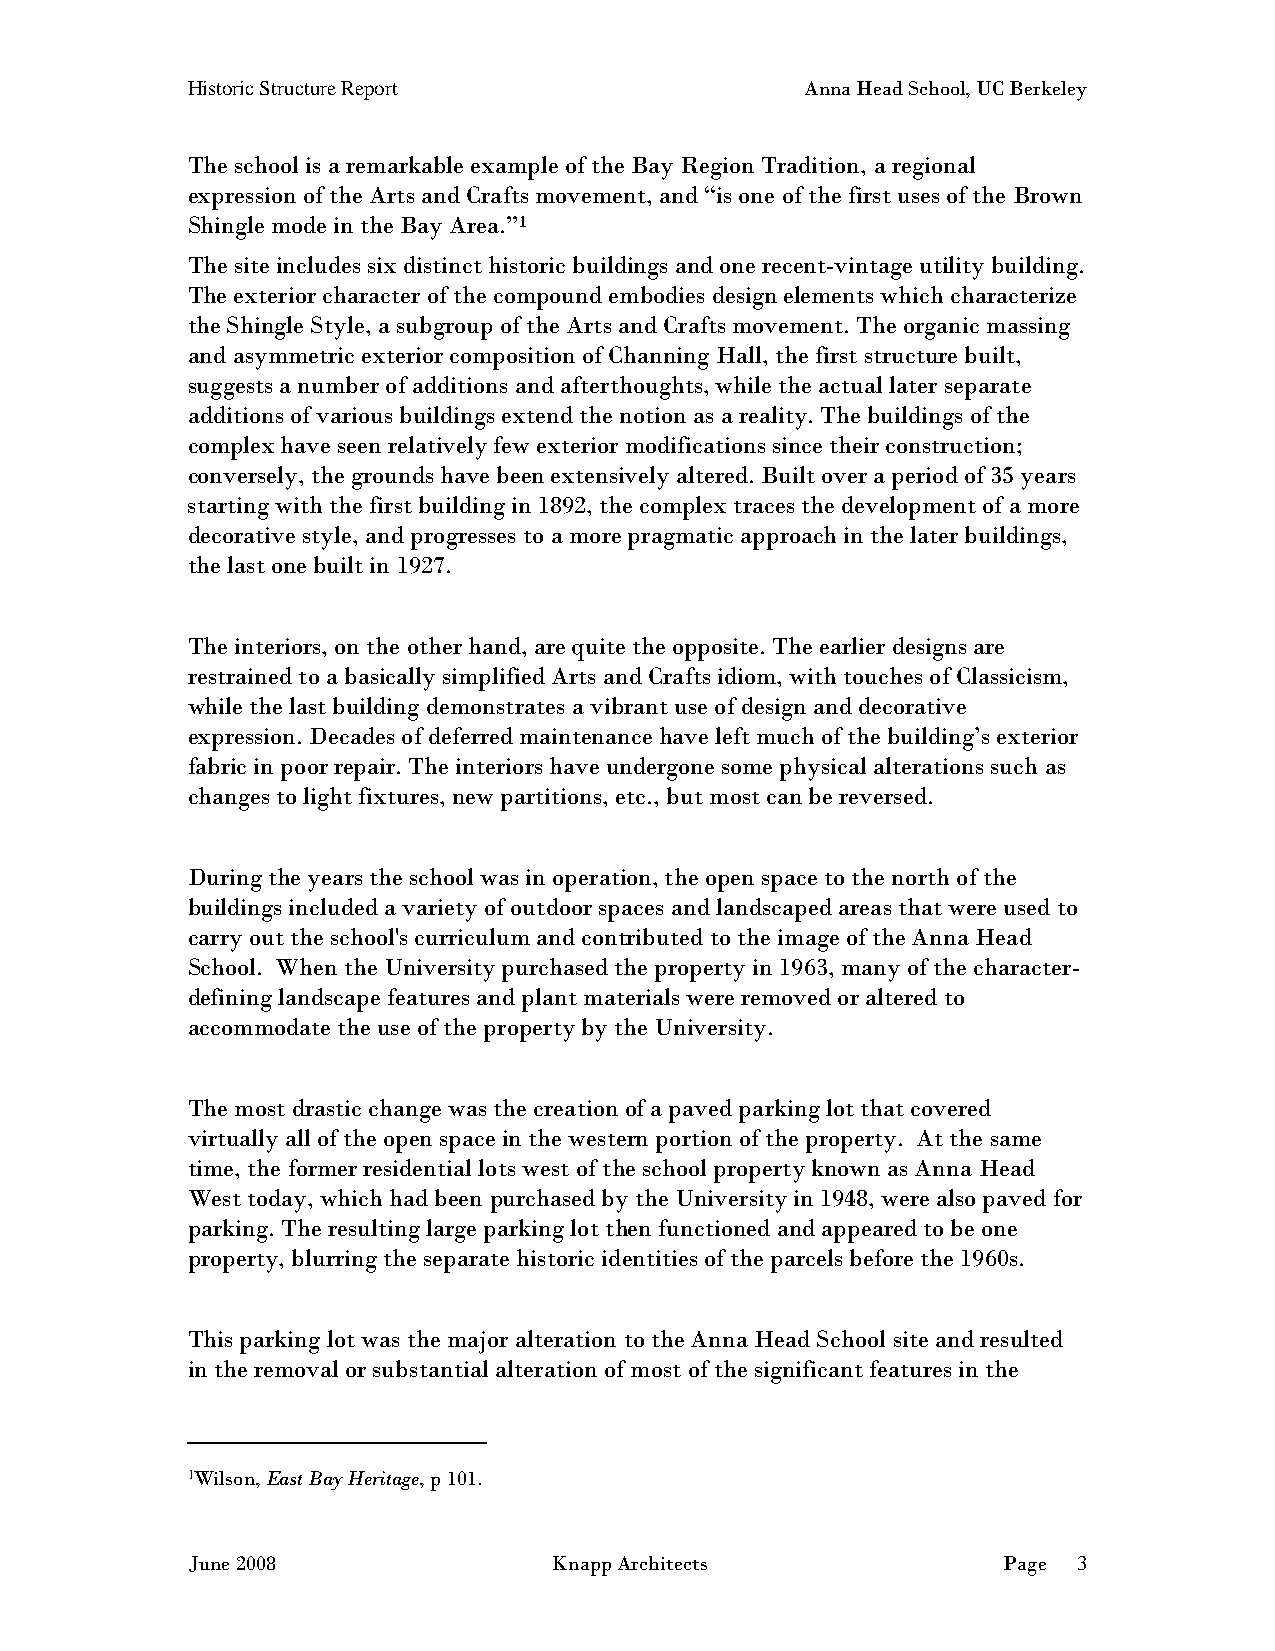
Historic Structure Report                Anna Head School, UC Berkeley
 The school is a remarkable example of the Bay Region Tradition, a regional
 expression of the Arts and Crafts movement, and “is one of the first uses of the Brown
 Shingle mode in the Bay Area.”1
 The site includes six distinct historic buildings and one recent-vintage utility building.
 The exterior character of the compound embodies design elements which characterize
 the Shingle Style, a subgroup of the Arts and Crafts movement. The organic massing
 and asymmetric exterior composition of Channing Hall, the first structure built,
 suggests a number of additions and afterthoughts, while the actual later separate
 additions of various buildings extend the notion as a reality. The buildings of the
 complex have seen relatively few exterior modifications since their construction;
 conversely, the grounds have been extensively altered. Built over a period of 35 years
 starting with the first building in 1892, the complex traces the development of a more
 decorative style, and progresses to a more pragmatic approach in the later buildings,
 the last one built in 1927.
 The interiors, on the other hand, are quite the opposite. The earlier designs are
 restrained to a basically simplified Arts and Crafts idiom, with touches of Classicism,
 while the last building demonstrates a vibrant use of design and decorative
 expression. Decades of deferred maintenance have left much of the building’s exterior
 fabric in poor repair. The interiors have undergone some physical alterations such as
 changes to light fixtures, new partitions, etc., but most can be reversed.
 During the years the school was in operation, the open space to the north of the
 buildings included a variety of outdoor spaces and landscaped areas that were used to
 carry out the school's curriculum and contributed to the image of the Anna Head
 School. When the University purchased the property in 1963, many of the character-
 defining landscape features and plant materials were removed or altered to
 accommodate the use of the property by the University.
 The most drastic change was the creation of a paved parking lot that covered
 virtually all of the open space in the western portion of the property. At the same
 time, the former residential lots west of the school property known as Anna Head
 West today, which had been purchased by the University in 1948, were also paved for
 parking. The resulting large parking lot then functioned and appeared to be one
 property, blurring the separate historic identities of the parcels before the 1960s.
 This parking lot was the major alteration to the Anna Head School site and resulted
 in the removal or substantial alteration of most of the significant features in the
 1Wilson, East Bay Heritage, p 101.
 June 2008                Knapp Architects             Page 3